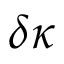
\delta \kappa